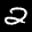
Label: 2